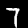
Digit: 7